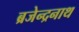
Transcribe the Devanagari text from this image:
ब्रजेन्द्रनाथ